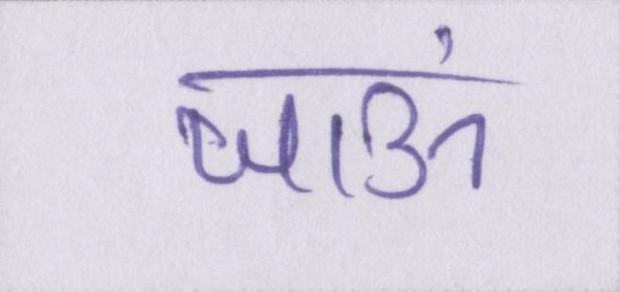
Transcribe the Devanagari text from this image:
जाऊं